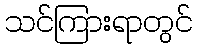
သင်ကြားရာတွင်